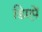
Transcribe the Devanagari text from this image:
डिएपें